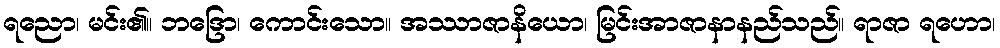
ရညော၊ မင်း၏။ ဘဒြော၊ ကောင်းသော။ အဿာဇာနိယော၊ မြင်းအာဇာနာနည်သည်။ ရာဇာ ရဟော၊